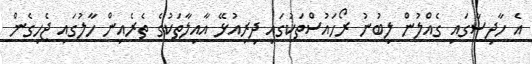
އެ ހާދިސާގައި ގެއްލުން ލިބުނު ރޯހައުސްތަކުގައި ދިރިއުޅޭ އާއިލާތަކުގެ ތެރެއިން ހާލުގައި ޖެހިގެން